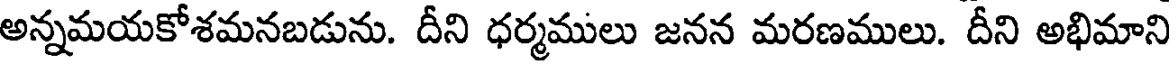
అన్నమయకోశమనబడును. దీని ధర్మములు జనన మరణములు. దీని అభిమాని